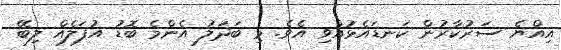
އިއްޔެ ސަރުކާރުން ކަނޑައެޅުއްވި އެވެ. މި ބަދަލު އެންމެ ބޮޑު އުފަލެއް ލިބޭ